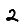
Digit: 2